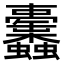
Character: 𧖚